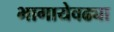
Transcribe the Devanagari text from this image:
भागायेवढ्या